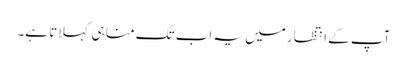
آپ کے انتظار میں یہ اب تک منا ہی کہلاتا ہے۔